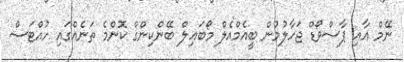
ނޭމް އާއި ޕާސްވޯޑް ޖަހާލުމުން ބީއެމްއެލް މޯބައިލް ބޭންކިންގް ކޮންމެ ތަނެއްގައި ހުއްޓަސް